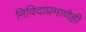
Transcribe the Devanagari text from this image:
निविदांप्रमाणेही